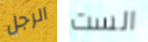
الرجل الست